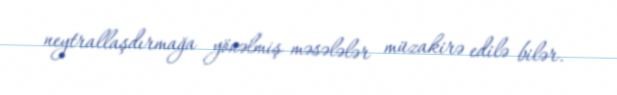
neytrallaşdırmağa yönəlmiş məsələlər müzakirə edilə bilər.